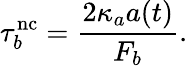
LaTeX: \tau_{b}^{\mathrm{nc}}=\frac{2\kappa_{a}a(t)}{F_{b}}.